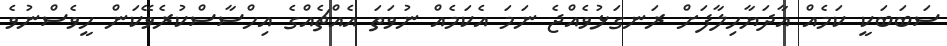
ސަބަބަކީ ކަމެއް އާދަޔާހިލާފަށް ރަނގަޅުވެއްޖެ ނަމަ އެކަމެއް ނުވަތަ އެއްޗެއްގެ އިހްސާސްކުރެވޭކަން ހީވެސްނުވެ